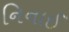
નિનાઈ